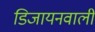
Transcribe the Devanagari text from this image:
डिजायनवाली